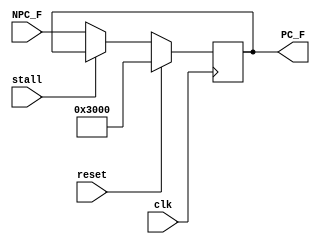
`timescale 1ns / 1ps
//////////////////////////////////////////////////////////////////////////////////
// Company: 
// Engineer: 
// 
// Design Name: 
// Module Name:    A_PC 
// Project Name: 
// Target Devices: 
// Tool versions: 
// Description: 
//
// Dependencies: 
//
// Revision: 
// Revision 0.01 - File Created
// Additional Comments: 
//
//////////////////////////////////////////////////////////////////////////////////
module A_PC(
    input [31:0] NPC_F,
    input clk,
    input reset,
	 input stall,
    output [31:0] PC_F
    );

reg [31:0] code;
wire EN_PC;

initial begin
	code <= 32'h0000_3000;
end

assign EN_PC = !stall;

always @(posedge clk)begin
	if(reset)begin
		code <= 32'h0000_3000;
	end
	else begin
		if(EN_PC)begin
			code <= NPC_F;
		end
	end
end

assign PC_F = code;

endmodule